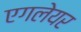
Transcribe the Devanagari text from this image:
एगलेयर